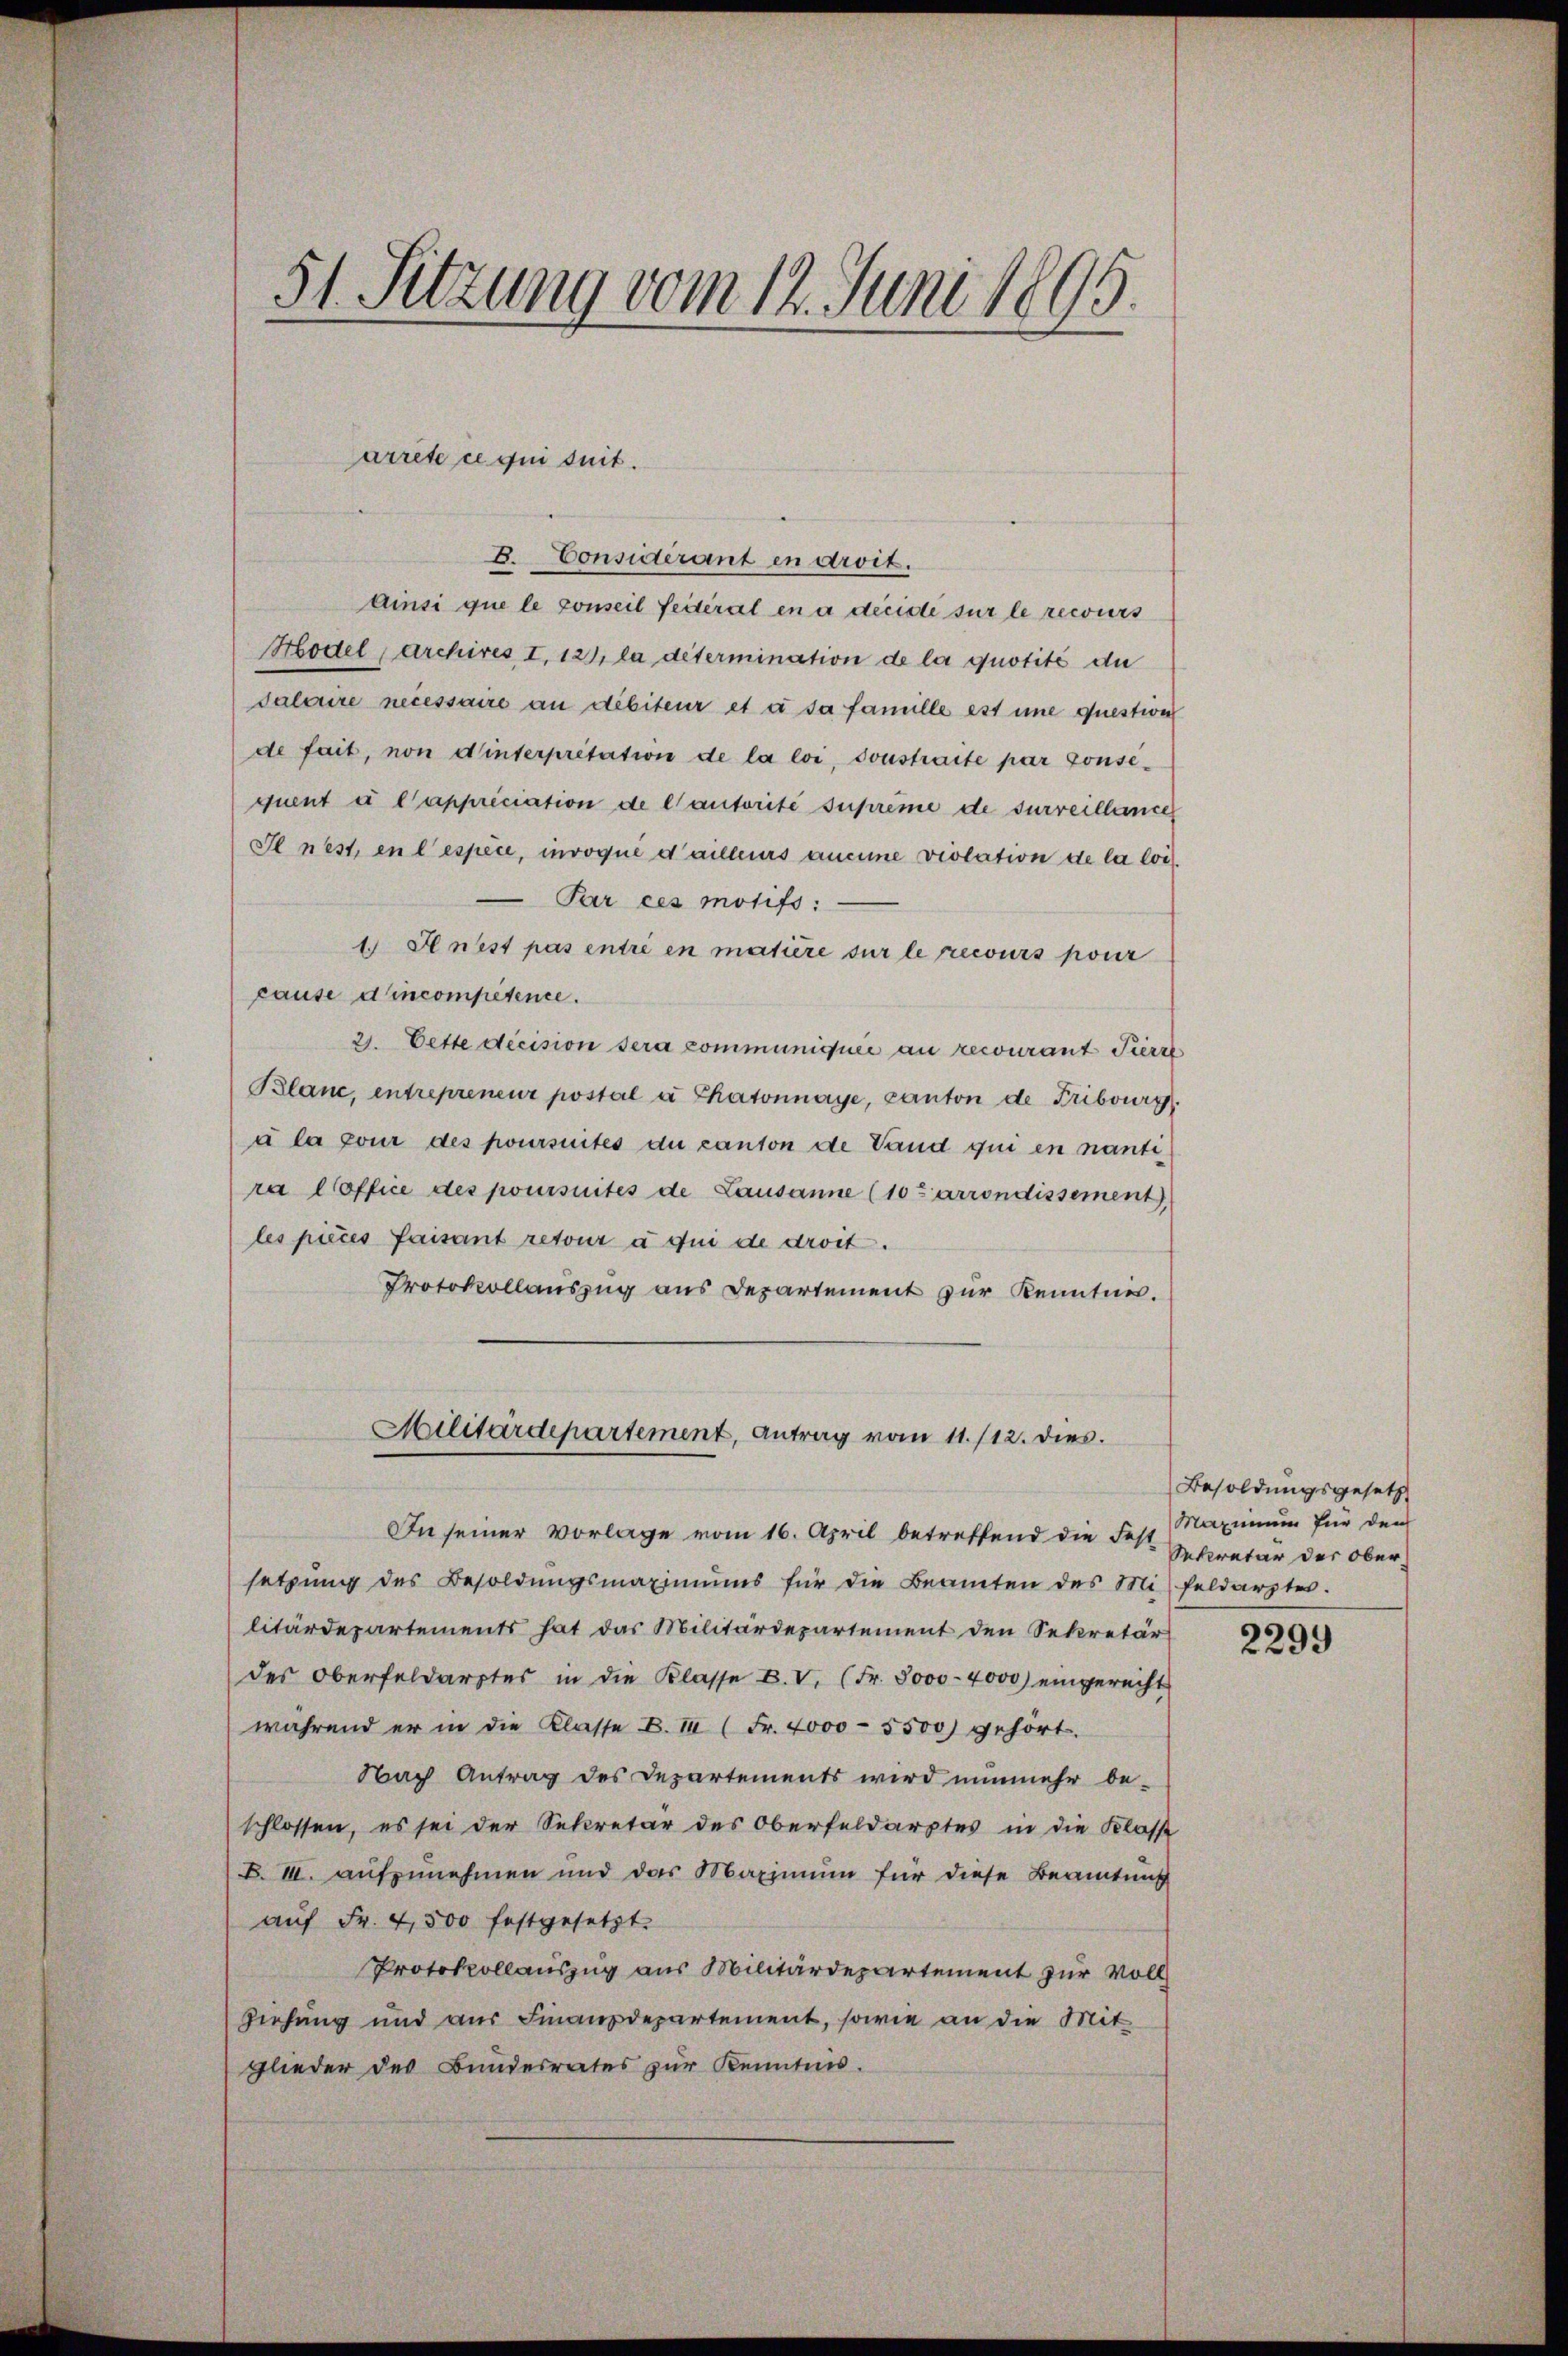
51. Sitzung vom 12. Juni 1895.

arrete ce qui suit.

8. Considerant in droit.
Ainsi que le conseil feiteral en a decide sur le recours
Hodel, Archires I. 129, la détermination de la quotité du
salorire necessaire an dibiteur et à sa famille est une question
de fait, non dinterpretation de la loi, sonstraite par consequent à l’appréciation de lautorité suprême de surveillance
Il nest, en lespèce, invoque d’ailleurs aucune violation de la loi
Par ces motifs:
1 Hnest pas entré en matière sur le recours pour
cause dincompetence.
2. Cette decision sera communiquée au recourant Pierre
Blanc, entrepreneur postal a Thatonnaye, Canton de Fribourg
à la pour des poursuites du canton de Vand qui en nantira office des poursuites de Lausanne (10 Zarrondissement)
les pieces faisant retour à qui de droit.
Protokollauszug aus Departement zur Kenntnis.
Militärdepartement, Antrag vom 11./12. dies.
In seiner Vorlage vom 16. April betreffend die Fest
setzŭng des Besoldŭngsmaximŭms für die Beamten des Misfeldarztes.
litärdepartements hat das Militärdepartement den Sekretär
des Oberfeldarstes in die Klasse E. V. (Fr. 8000 - 4000) eingerecht
während er in die Klasse B. II (Fr. 4000 - 5500) gehört.
Nach Antrag des Departements wird nunmehr be-
schlossen, es sei der Sekretär des Oberfeldarptes in die Klass
B. III. aufzunehmen und das Maximum für diese Beamtung
auf Fr. 4,500 festgesetzt.
Protokollauszug aus Militärdepartement zur Voll¬
Ziehung und aus Finanzdepartement, sowie an die Mit
glieder des Bundesrates zur Kenntnis.

Besoldungsgesetz
Maximum für den
Sekretär der Ober¬

2299